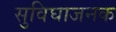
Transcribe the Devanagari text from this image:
सुविघाजनक